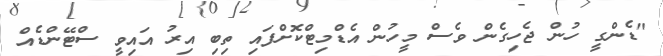
"ޑެންގީ ހުން ޖެހިގެން ވެސް މީހުން އެޑްމިޓްކޮށްފައި ތިބި އިރު އައިވީ ސްޓޭންޑެއް